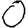
Digit: 0